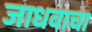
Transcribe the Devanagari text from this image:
जाधवाचा